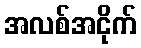
အလစ်အငိုက်